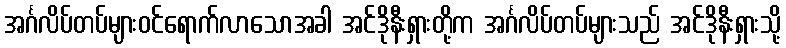
အင်္ဂလိပ်တပ်များဝင်ရောက်လာသောအခါ အင်ဒိုနီးရှားတို့က အင်္ဂလိပ်တပ်များသည် အင်ဒိုနီးရှားသို့